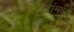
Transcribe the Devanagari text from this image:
घाटांमध्ये